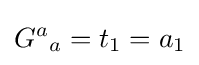
{G^{a}}_{a}=t_{1}=a_{1}